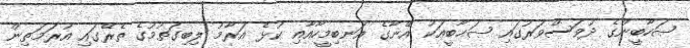
ޞަހާބީންގެ ދުވަސްވަރުގައި ޞަޙާބީއަކު އޭނާގެ އަނބިމީހާއާއި ކުޅެ އަރާމު ލިބިގަތުމުގެ ތެރޭގައި އުރަމަތިން